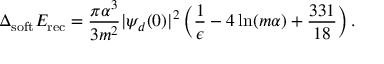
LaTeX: \Delta _ { \mathrm { s o f t } } E _ { \mathrm { r e c } } = \frac { \pi \alpha ^ { 3 } } { 3 m ^ { 2 } } | \psi _ { d } ( 0 ) | ^ { 2 } \left( \frac { 1 } { \epsilon } - 4 \ln ( m \alpha ) + \frac { 3 3 1 } { 1 8 } \right) .